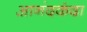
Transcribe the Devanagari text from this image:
आनंदकंदा